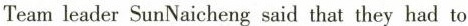
Team leader SunNaicheng said that they had to